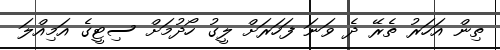
ތިން އަހަރު ތެރޭ ދެ ވަނަ ފަހަރަށް ލީގު ހޯދުމަށް ސިޓީގެ އަމިއްލަ